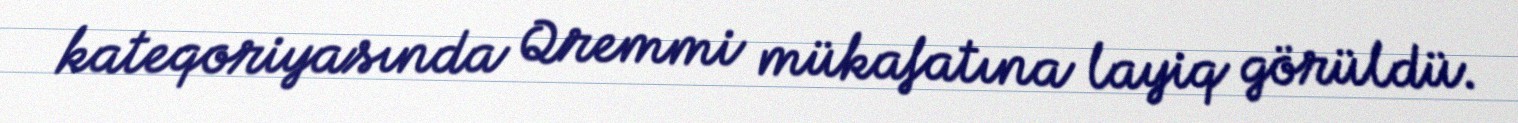
kateqoriyasında Qremmi mükafatına layiq görüldü.